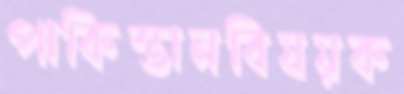
পাকিস্তানবিষয়ক